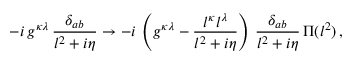
- i \, g ^ { \kappa \lambda } \, \frac { \delta _ { a b } } { l ^ { 2 } + i \eta } \rightarrow - i \, \left( g ^ { \kappa \lambda } - \frac { l ^ { \kappa } l ^ { \lambda } } { l ^ { 2 } + i \eta } \right) \, \frac { \delta _ { a b } } { l ^ { 2 } + i \eta } \, \Pi ( l ^ { 2 } ) \, ,